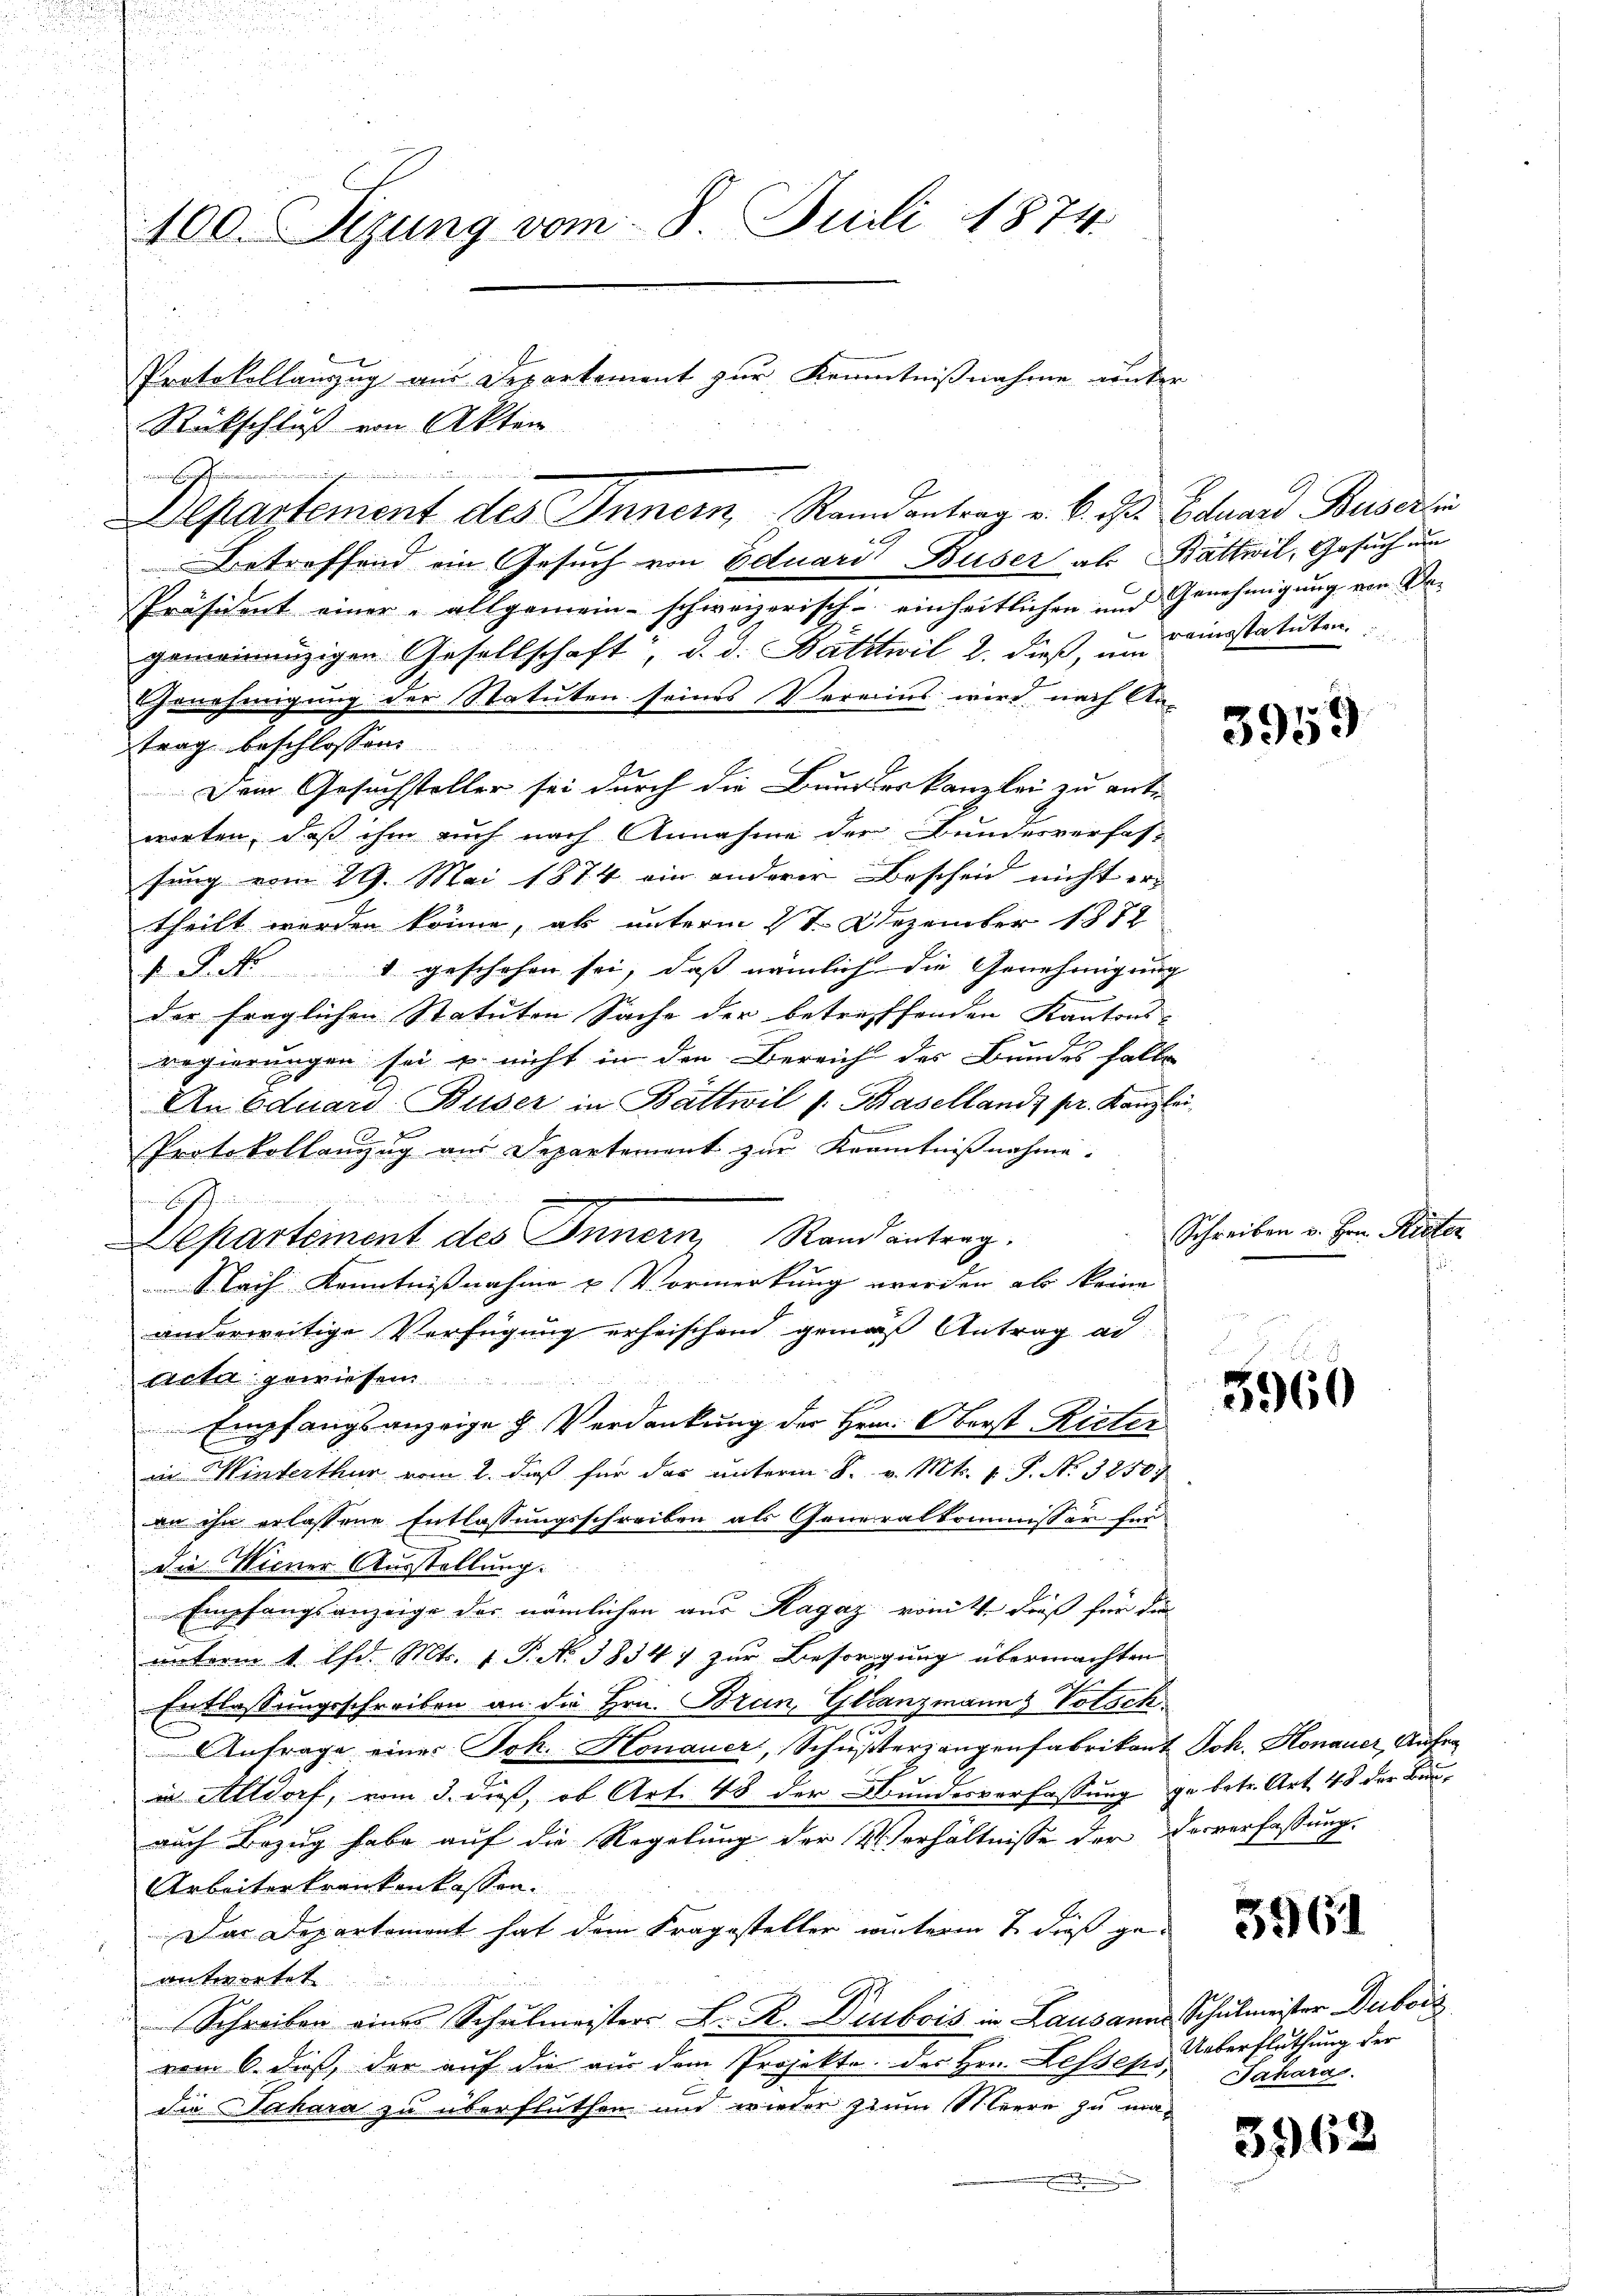
100. Sizung vom 8. Juli 1874.

uinir
Betreffend ein Gesuch von Eduari Buser ab Bättwil, Gesuch um
Präsident einer allgemein- schweizerisch - einheitlichen und Genehmigŭng von Se-
gemeinanzigen Gesellschaft, d. d. Batztwil l. dieß, um densstatuten
Genehmigung der Statuten seines Vereins wird nach An-
trag beschlossen:
Dem Gesuchsteller sei durch die Bundeskanzlei zu ent
wieten, daß ihm auch nach Annahme der Bundesverfas-
.
fung vom 29. Mai 1874 ein anderer Bescheid nicht er-
theilt werden könne, als unterm 2ten Dezember 1872
 P. Nr. 1 geschehen sei, daß nämlich die Genehmigung
der fraglichen Statuten Sache der betreffenden Kantons-
regierungen sei u. nicht in den Bereich des Bundes falle
An Eduard Buser in Battwil s. Baselland; pr. Kanzlei
Protokollanzug aus Departement zur Kenntnißnahme-

Departement des Innern, Rand antrag.
Slach Kenntnißnahme & Vormerkung werden als keine
anderweitige Verfügung erheischend gemäß Antrag ad
ncta gewiesen.
Empfangsanzeige & Verdankung der Hrrn. Oberst Rieter
in Winterthur vom 2. dieß für das unterm 8. v. Mts. 1 S. N. 32507
an ihn erlassene Entlassungsschreiben als Generalkommissär für
die Wiener Ausstellung.
Empfangsanzeige des nämlichen aus Ragaz vomit dieß für die
unterm 1. lfd. Mts. 1. P. N. 38347 zur Besorgung übermachten
Entlassungsschreiben an die Hrn. Bran, Glanzmann Votsch
Antrage eines Joh. Honauer, Schusterrangenfabrikant Joh. Honauer, Anfrain Altdorf, vom 3. dieß, ob Art. 48 der Bundesverfassung gebetr. Art. 48 der Bunauch Bezug habe auf die Regelung der Verhältnisse der Ververfassung.
Arbeiterkrankenkassen.
Das Departement hat dem Fragesteller winterm 7. dieß geantwortet
Schreiben eines Schulmeisters L. R. Dubois in Lausanne Schulmeister Duboiz
vom 6. dieß, der auf die aus dem Projekte des Hrn. Hessens,
die Sachara zu überfluthen und wieder zum Meere zu ma¬

mnen nich

Rückschluß von Akten

Protokollauszug aus Departement zur Kenntnißnahme unter

Departement des Innern, Randantrag v. 6. Der Eduard Besentin

3959

Schreiben v. Hrn. Rieter

5960

3961

Ueberfluthung der
Jahara

3962